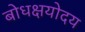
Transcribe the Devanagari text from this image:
बोधक्षयोदय